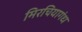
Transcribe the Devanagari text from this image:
मिरचियागंध